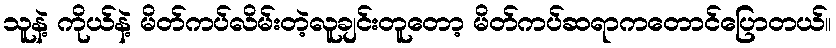
သူနဲ့ ကိုယ်နဲ့ မိတ်ကပ်လိမ်းတဲ့လူချင်းတူတော့ မိတ်ကပ်ဆရာကတောင်ပြောတယ်။